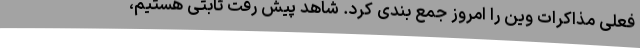
فعلی مذاکرات وین را امروز جمع بندی کرد. شاهد پیش رفت ثابتی هستیم،